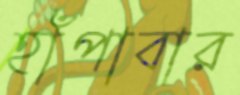
হাঁপাবার